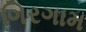
ગિરગામ